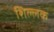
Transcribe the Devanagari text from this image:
शिल्‍लक